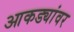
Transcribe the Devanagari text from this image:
आकड्यांवर